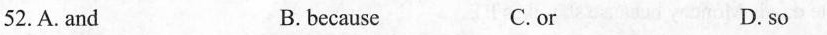
52.A.and B.because C.or D.so